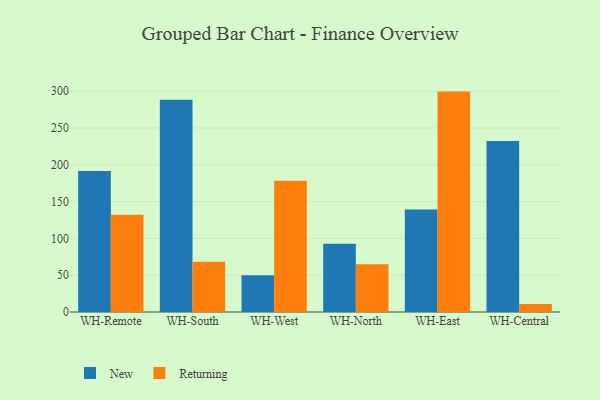
{"axis": {"x": "Warehouse", "y": "Churn Rate (%)"}, "legend": ["New", "Returning"], "data": [{"x": "WH-Remote", "y": 191.6, "type": "New"}, {"x": "WH-Remote", "y": 132.0, "type": "Returning"}, {"x": "WH-South", "y": 288.3, "type": "New"}, {"x": "WH-South", "y": 68.4, "type": "Returning"}, {"x": "WH-West", "y": 50.0, "type": "New"}, {"x": "WH-West", "y": 178.3, "type": "Returning"}, {"x": "WH-North", "y": 92.7, "type": "New"}, {"x": "WH-North", "y": 64.9, "type": "Returning"}, {"x": "WH-East", "y": 139.3, "type": "New"}, {"x": "WH-East", "y": 299.5, "type": "Returning"}, {"x": "WH-Central", "y": 232.5, "type": "New"}, {"x": "WH-Central", "y": 11.0, "type": "Returning"}]}